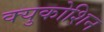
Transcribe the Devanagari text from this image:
क्युकोशिन